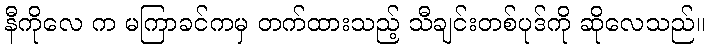
နီကိုလေ က မကြာခင်ကမှ တက်ထားသည့် သီချင်းတစ်ပုဒ်ကို ဆိုလေသည်။